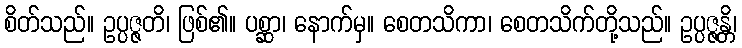
စိတ်သည်။ ဥပ္ပဇ္ဇတိ၊ ဖြစ်၏။ ပစ္ဆာ၊ နောက်မှ။ စေတသိကာ၊ စေတသိက်တို့သည်။ ဥပ္ပဇ္ဇန္တိ၊